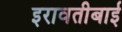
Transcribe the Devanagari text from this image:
इरावतीबाई